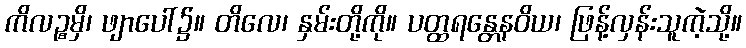
ကိလဉ္စမှိ၊ ဖျာပေါ်၌။ တိလေ၊ နှမ်းတို့ကို။ ပတ္ထရန္တေနဝိယ၊ ဖြန့်လှန်းသူကဲ့သို့။